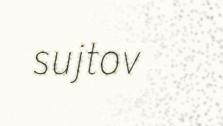
sujtov